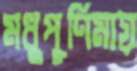
মধুপূর্ণিমায়